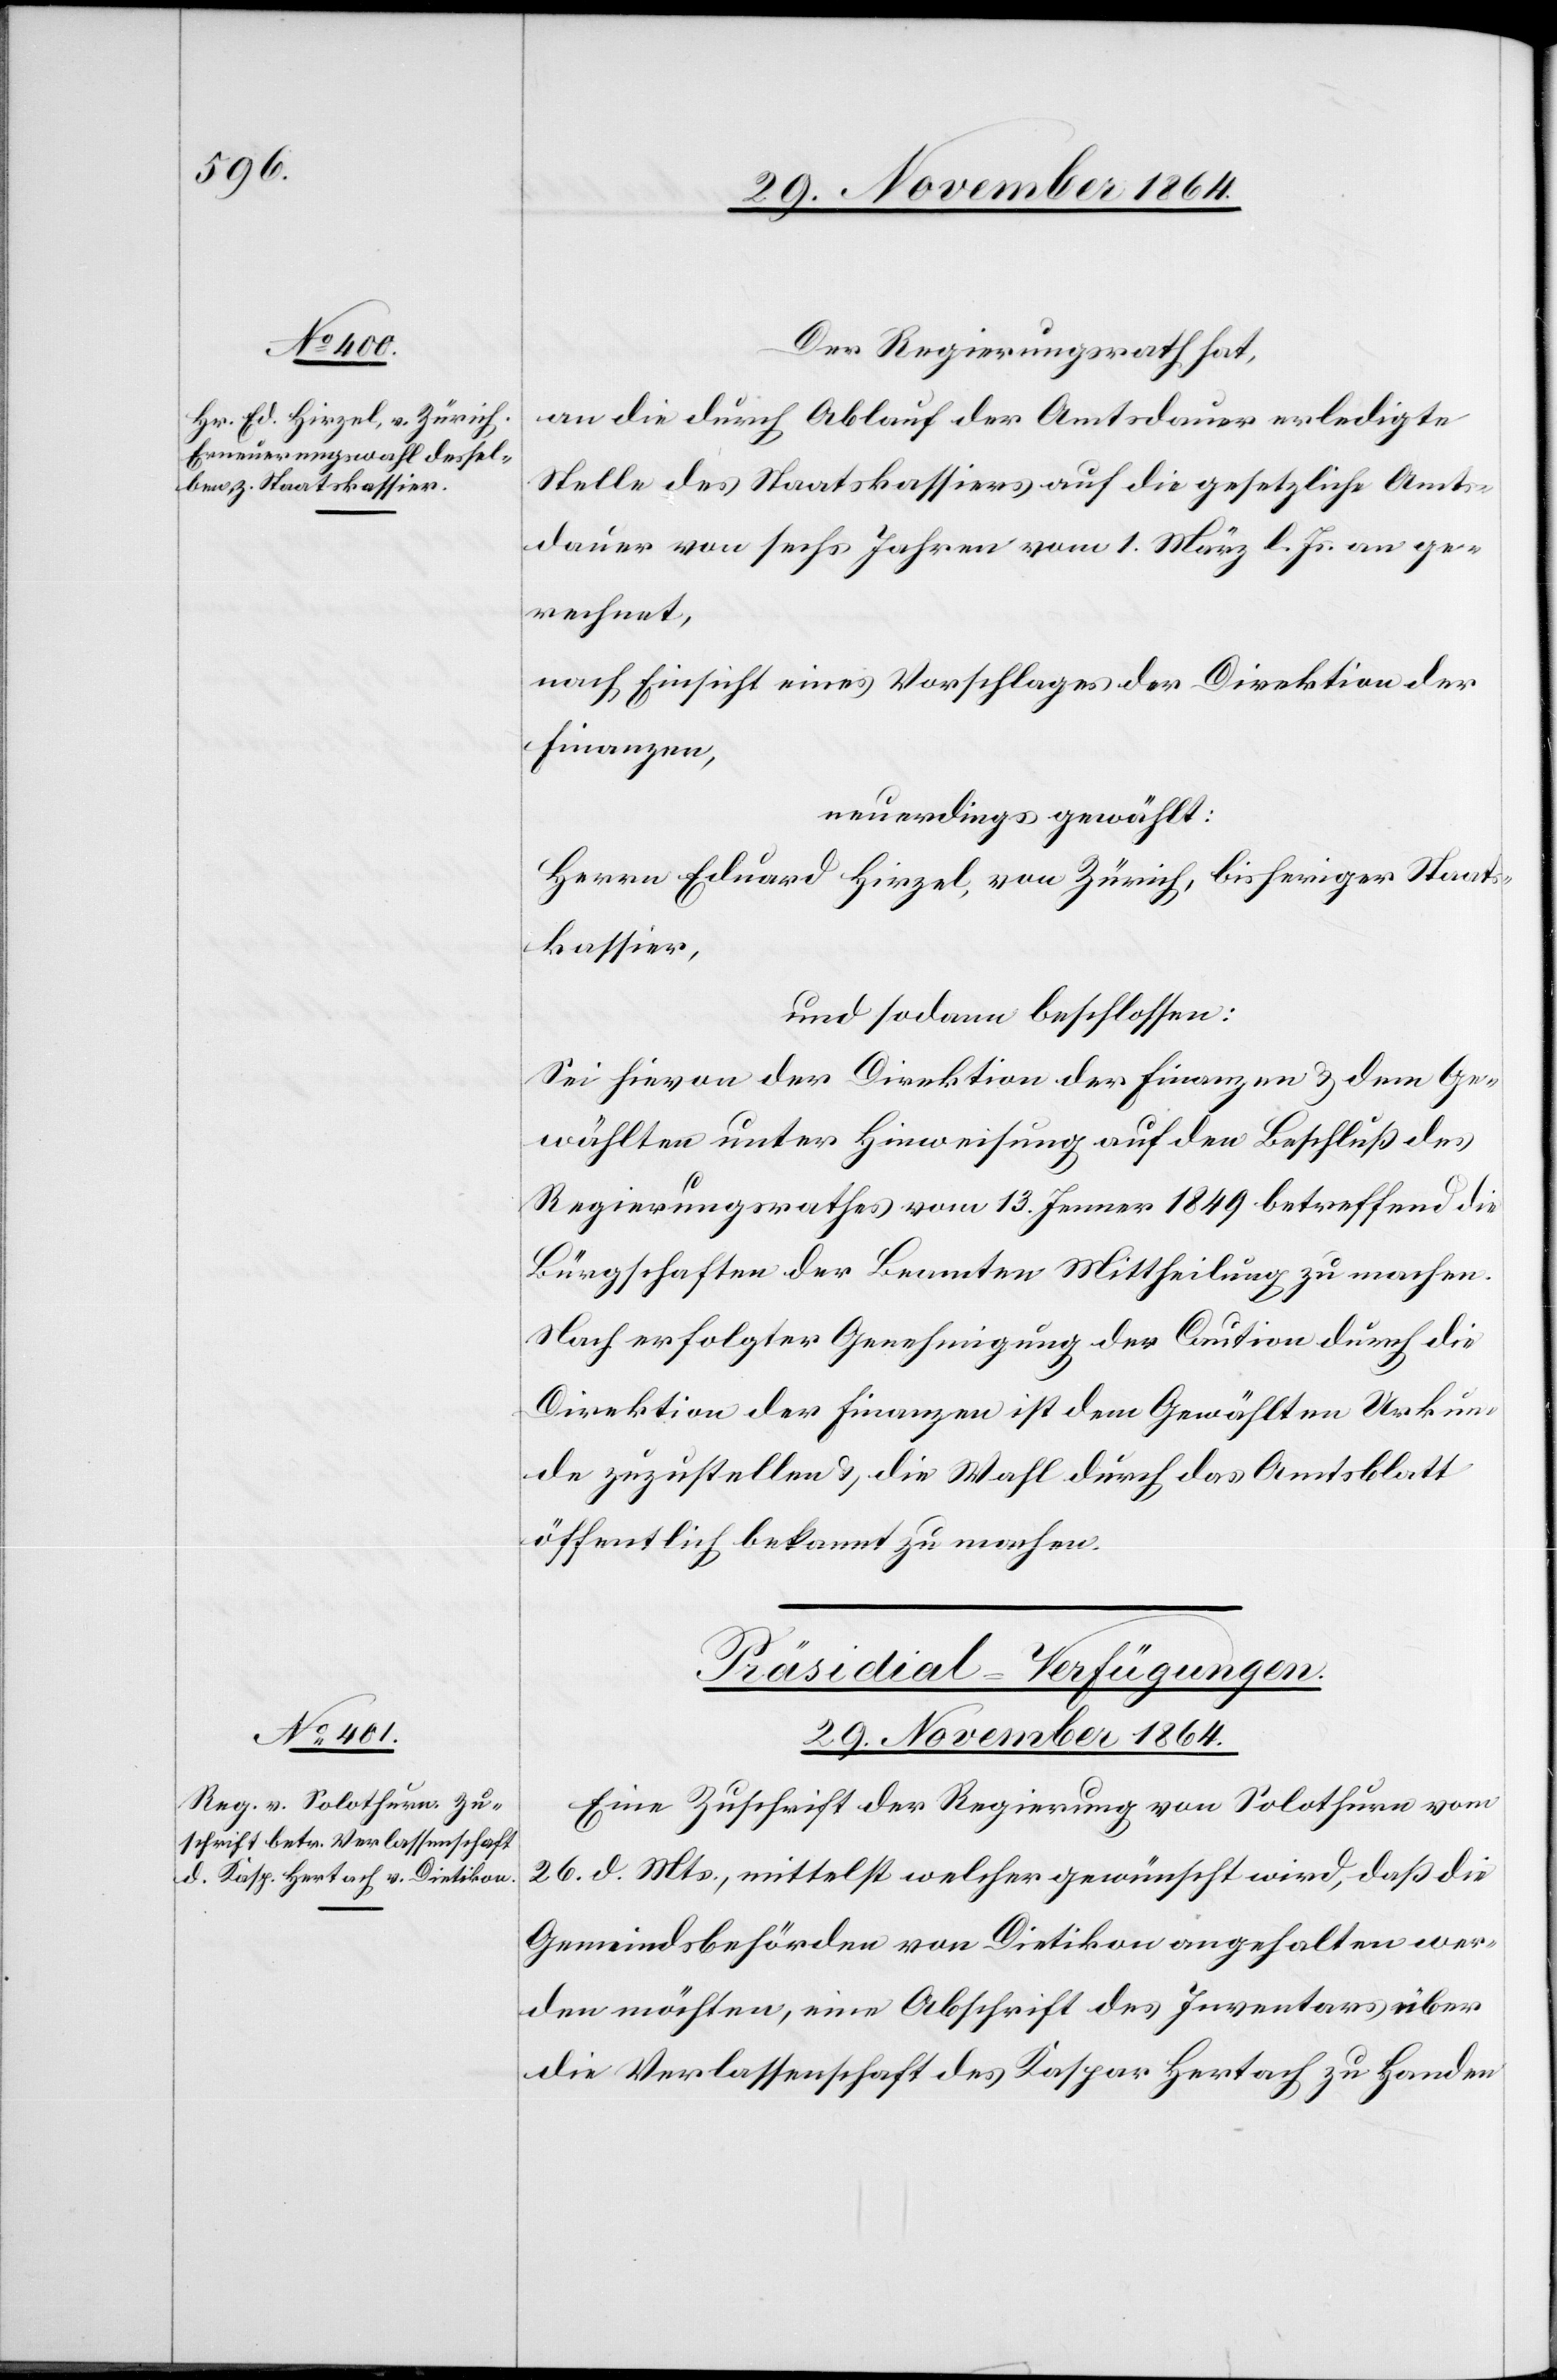
29. November 1864.
Der Regierungsrath hat,
an die durch Ablauf der Amtsdauer erledigte
Stelle des Staatskassiers auf die gesetzliche Amts¬
dauer von sechs Jahren vom 1. März l. Js. an ge¬
rechnet,
nach Einsicht eines Vorschlages der Direktion der
Finanzen,
neuerdings gewählt:
Herrn Eduard Hirzel, von Zürich, bisheriger Staats¬
kassier,
und sodann beschlossen:
Sei hievon der Direktion der Finanzen & dem Ge¬
wählten unter Hinweisung auf den Beschluß des
Regierungsrathes vom 13. Jenner 1849 betreffend die
Bürgschaften der Beamten Mittheilung zu machen.
Nach erfolgter Genehmigung der Caution durch die
Direktion der Finanzen ist dem Gewählten Urkun¬
de zuzustellen & die Wahl durch das Amtsblatt
öffentlich bekannt zu machen.
Präsidial-Verfügungen.
Eine Zuschrift der Regierung von Solothurn vom
26. d. Mts., mittelst welcher gewünscht wird, daß die
Gemeindsbehörden von Dietikon angehalten wer¬
den möchten, eine Abschrift des Inventars über
die Verlassenschaft des Kaspar Hertach zu Handen